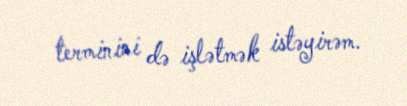
terminini də işlətmək istəyirəm.